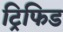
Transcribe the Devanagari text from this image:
ट्रिफिड